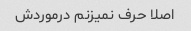
اصلا حرف نمیزنم درموردش